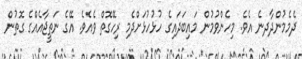
ދެމެމުންދާދނެ އެވެ. މިހެންވުމުން މައިބަދައިގެ ހުޅުހުޅަށްދެމި ރިހޭގޮތް ވެއެވެ. އޭގެ ނަތީޖާއެއްގެ ގޮތުން